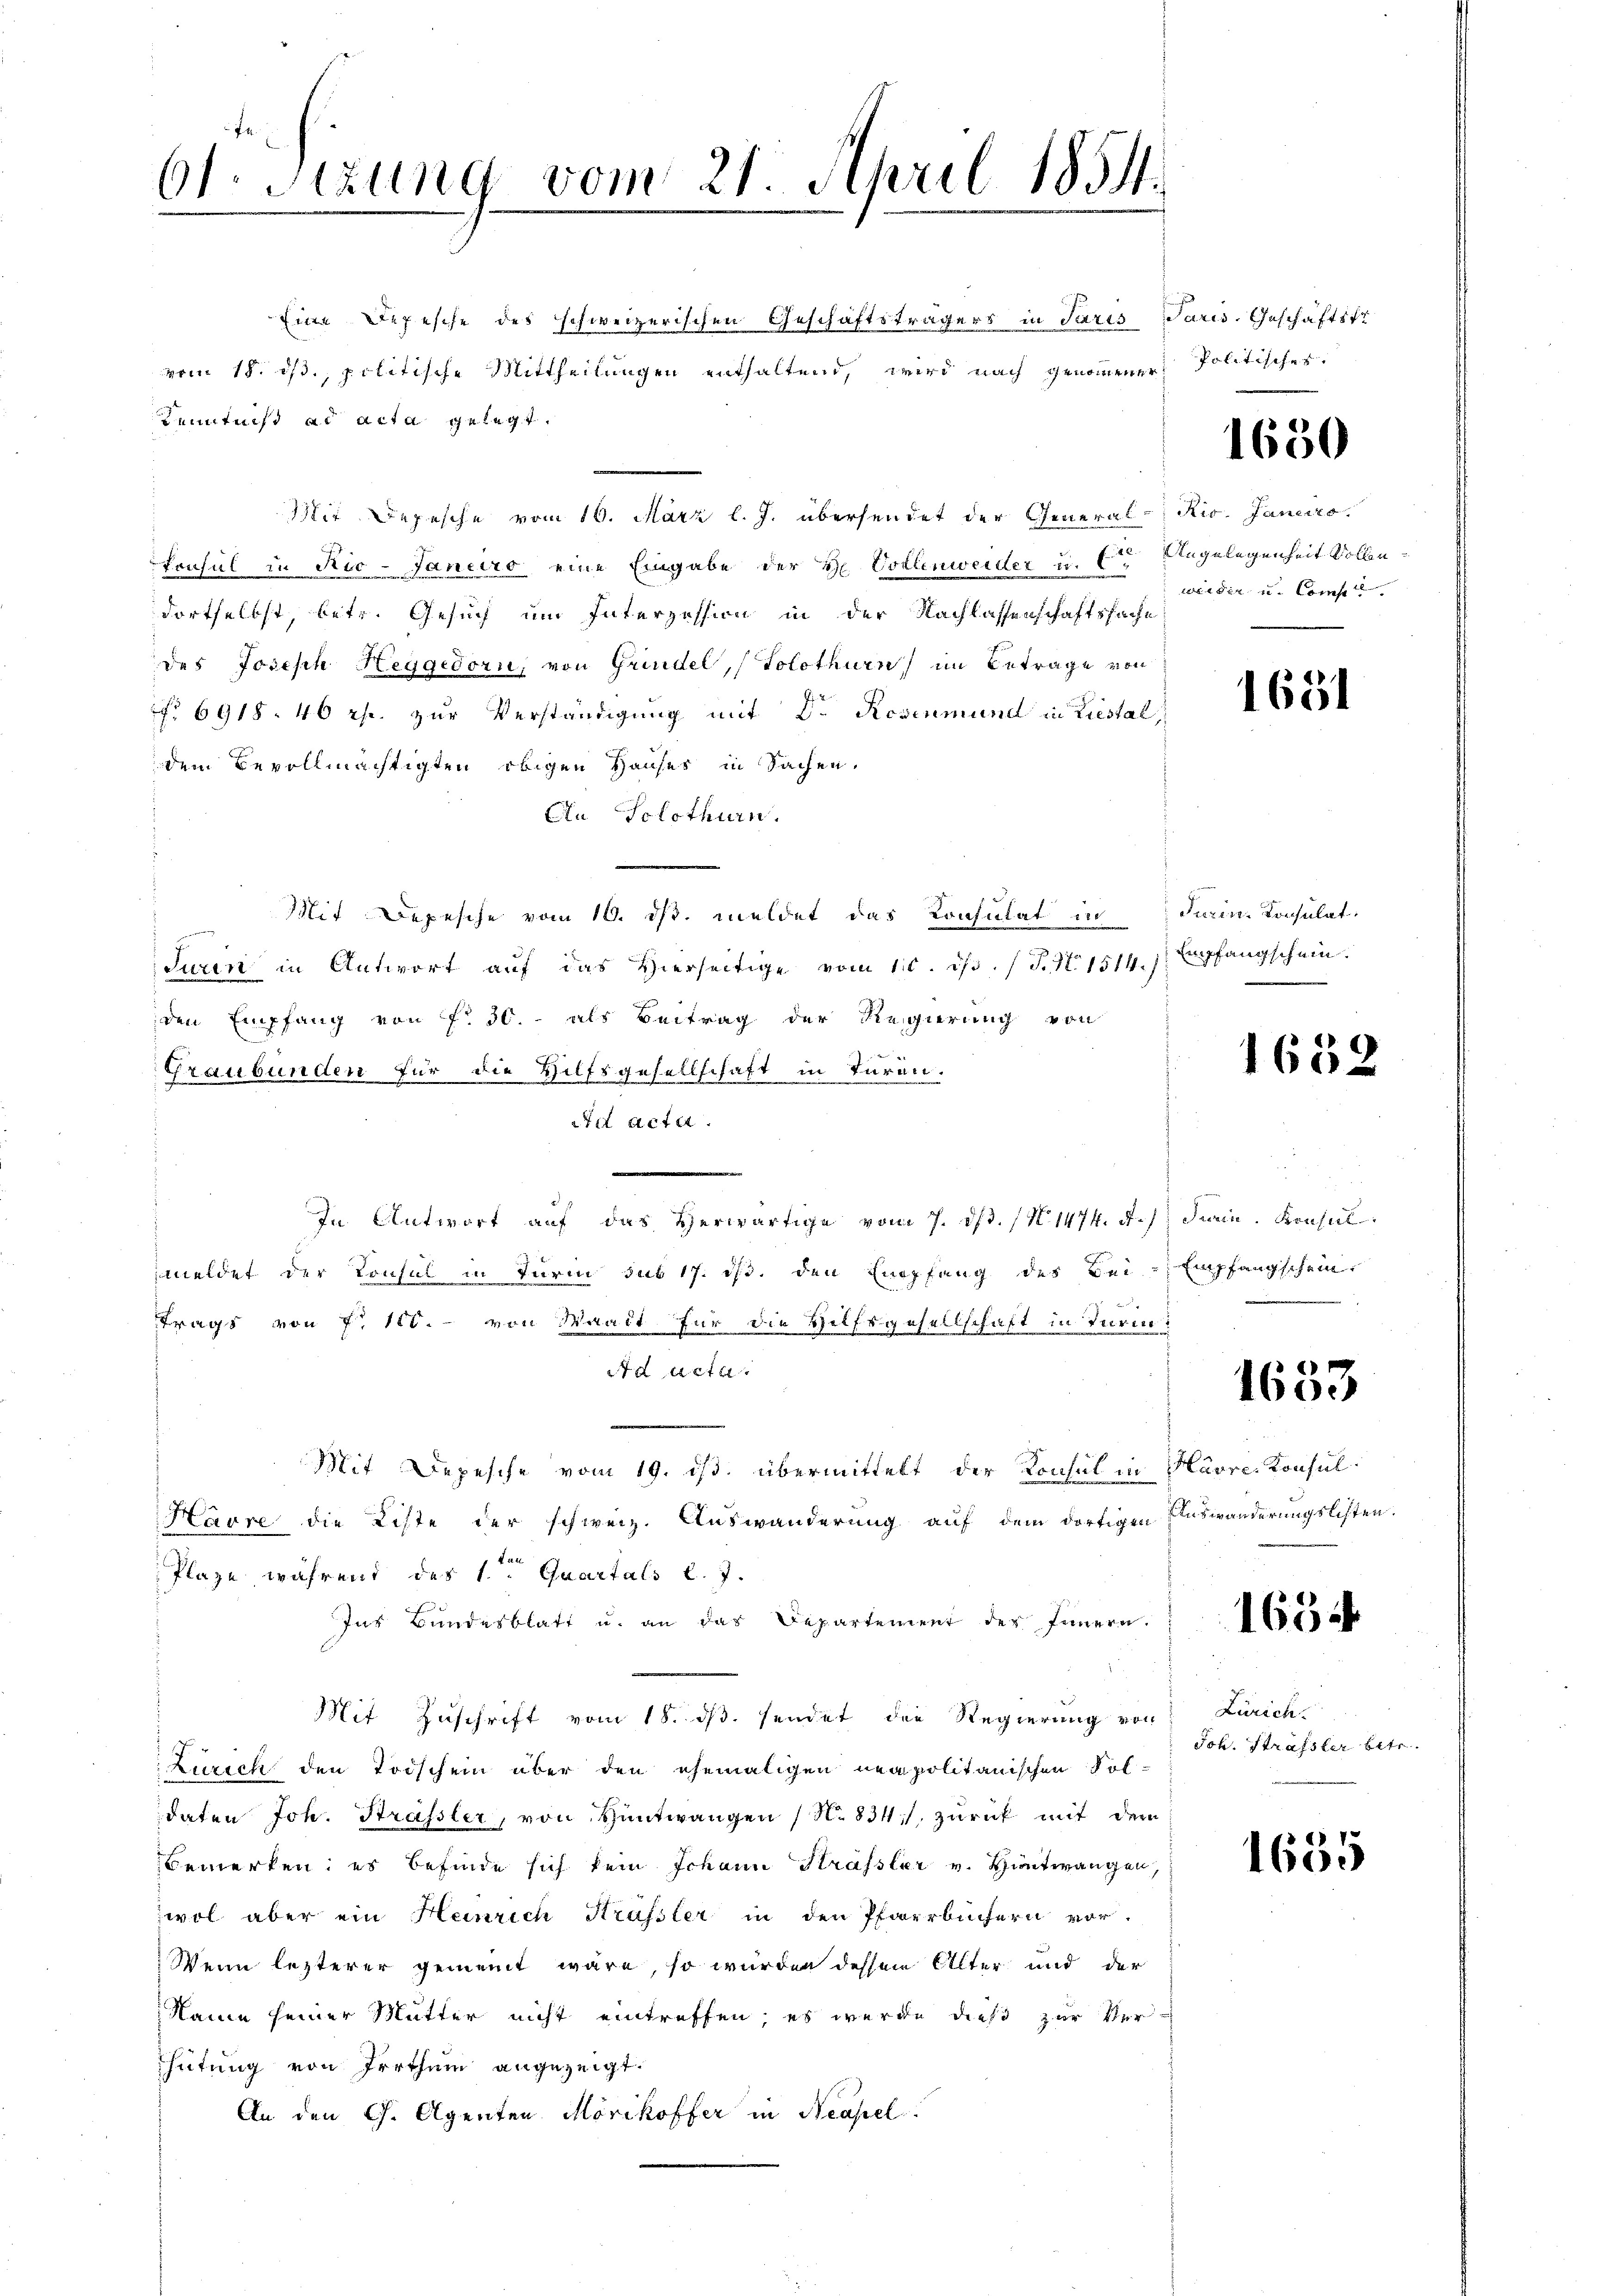
61. Sizung vom 21. April 1854.

Eine Depesche des schweizerischen Geschäftsträgers in Paris Paris, Geschäftstr
vom 18. ds., politische Mittheilungen enthaltend, wird nach genommener
Kenntnis ad acta gelegt.
Mit Depesche vom 16. März l. J. übersendet der General-Rio. Janeiro
Consul in Ric-Faneiro eine Eingabe der H. Vollenweider u. C
dortselbst, betr. Gesuch um Interzession in der Nachlassenschaftssache
des Joseph Heggedorn von Grindel, (Solothurn im Betrage von
No 6918. 40 rp. zur Verständigung mit Dr. Rosenmund in Liestal,
dem Bevollmächtigten obigen Hauses in Sachen,
An Solothurn.
Mit Depesche vom 16. ds. meldet das Konsulat in darin Konsulat
Turin in Antwort aŭf das Hierseitige vom 10. dβ. (T. N. 1514.
den Empfang von fr. 50.- als Beitrag der Regierung von
Graubünden für die Hilfsgesellschaft in Türen.
Ad Acte
In Antwort auf das herwärtige vom 7. ds. (N. 1474. 4.) Serin. Konsul
meldet der Konsul in Turin sub 17. ds. den Empfang des Bei Empfangschein
trags von Fr. 100. - von Waadt für die Hilfsgesellschaft in Turin¬
7x Acte
Mit Depesche vom 19. ds. übermittelt der Konsul in Havre Konsul
Havre die Liste der schweiz. Auswanderung auf dem dortigen Auswanderungslisten.
Plaze, während des 1ten Quartals l. J.
Inr Bŭndesblatt u. an das Departement der Innern.
Mit Zuschrift vom 18. ds. sendet der Regierung von
Zürich den Todschein über den ehemaligen neapolitanischen Fol-
daten Joh. Strassler, von Hüntwangen (N. 834 zurück mit dem
Bemerken; es befinde sich kein Johann Strassler v. Hüntwangen,
wol aber ein Heinrich Krässler in den Pfarrbüchern vor.
Wenn lezterer gemeint wäre, so würden dessen Alter und der
Name seiner Mutter nicht eintreffen, es wurde diese zur Ver¬
Thütung von Irrthum angezeigt.
An den Ch. Agenten Mörikoffer in Neapel

Politisches.

1650

Angelegenheit vollenweider und Concell.

1681

Empfangschein.

1652

1653

1654

Zürich
Joh. Strafsler betr.

1655